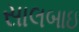
સાલબાઇ